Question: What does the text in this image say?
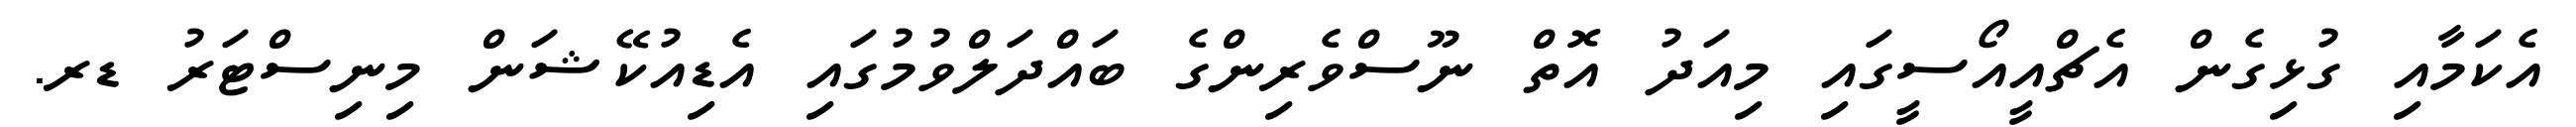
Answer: އެކަމާއި ގުޅިގެން އެޗްއީއޯސީގައި މިއަދު އޮތް ނޫސްވެރިންގެ ބައްދަލްވުމުގައި އެޑިއުކޭޝަން މިނިސްޓަރު ޑރ.